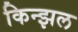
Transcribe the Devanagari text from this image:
किन्झल